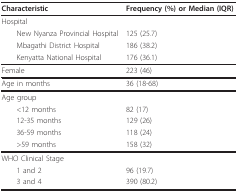
<table><thead><tr><td><b>Characteristic</b></td><td><b>Frequency (%) or Median (IQR)</b></td></tr></thead><tbody><tr><td>Hospital</td><td></td></tr><tr><td> New Nyanza Provincial Hospital</td><td>125 (25.7)</td></tr><tr><td> Mbagathi District Hospital</td><td>186 (38.2)</td></tr><tr><td> Kenyatta National Hospital</td><td>176 (36.1)</td></tr><tr><td>Female</td><td>223 (46)</td></tr><tr><td>Age in months</td><td>36 (18-68)</td></tr><tr><td>Age group</td><td></td></tr><tr><td> &lt;12 months</td><td>82 (17)</td></tr><tr><td> 12-35 months</td><td>129 (26)</td></tr><tr><td> 36-59 months</td><td>118 (24)</td></tr><tr><td> &gt;59 months</td><td>158 (32)</td></tr><tr><td>WHO Clinical Stage</td><td></td></tr><tr><td> 1 and 2</td><td>96 (19.7)</td></tr><tr><td> 3 and 4</td><td>390 (80.2)</td></tr></tbody></table>